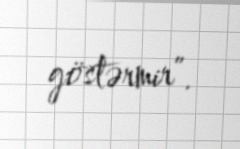
göstərmir”.